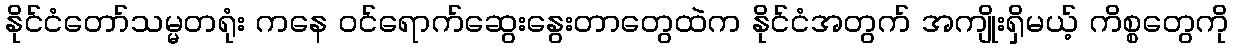
နိုင်ငံတော်သမ္မတရုံး ကနေ ဝင်ရောက်ဆွေးနွေးတာတွေထဲက နိုင်ငံအတွက် အကျိုးရှိမယ့် ကိစ္စတွေကို